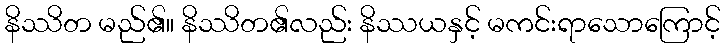
နိဿိတ မည်၏။ နိဿိတ၏လည်း နိဿယနှင့် မကင်းရာသောကြောင့်